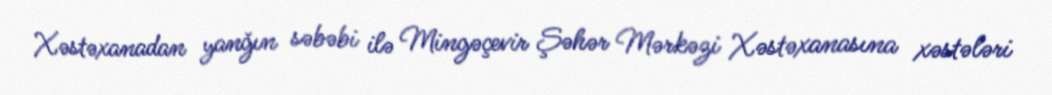
Xəstəxanadan yanğın səbəbi ilə Mingəçevir Şəhər Mərkəzi Xəstəxanasına xəstələri